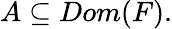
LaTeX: A\subseteq Dom(F).